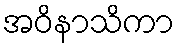
အဝိနာသိကာ